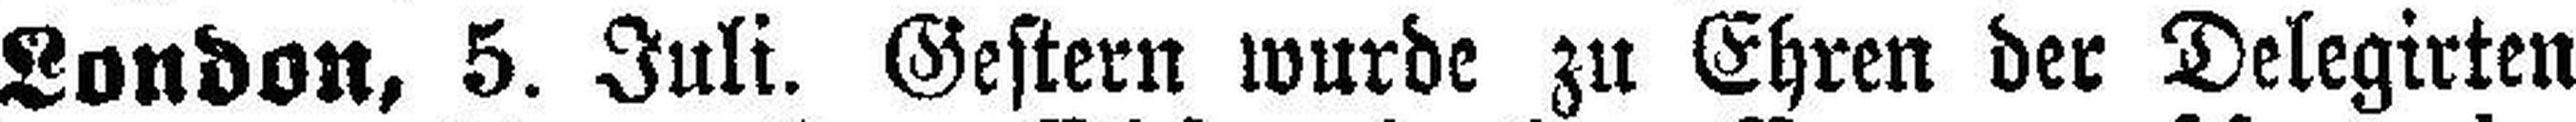
London, 5. Juli. Gestern wurde zu Ehren der Delegirten